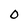
Character: 0